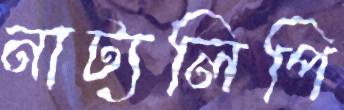
নাট্যলিপি